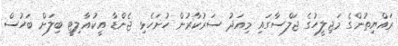
ރައްޔިތުންގެ މަޖިލީހުގެ ޖަލްސާގައި މިއަދު ސަރުކާރުން ހުށަހެޅި ޖެންޑާ އީކުއާލިޓީ ބިލަށް ބަހުސް